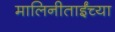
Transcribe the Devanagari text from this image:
मालिनीताईंच्या